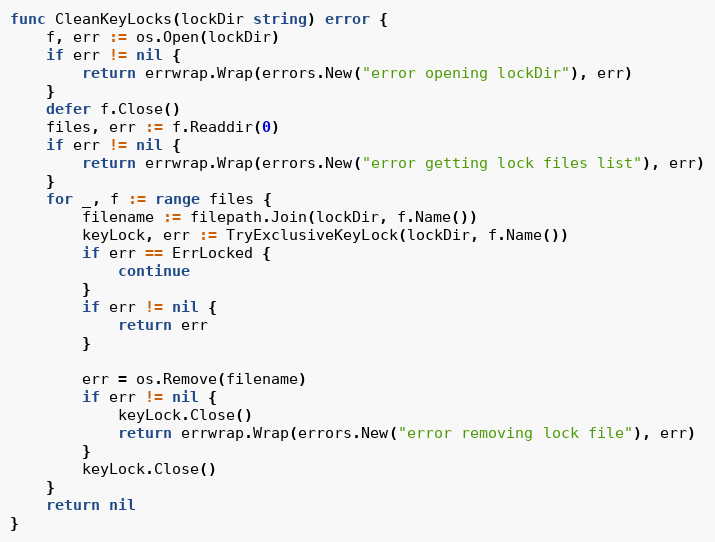
Language: Go
func CleanKeyLocks(lockDir string) error {
	f, err := os.Open(lockDir)
	if err != nil {
		return errwrap.Wrap(errors.New("error opening lockDir"), err)
	}
	defer f.Close()
	files, err := f.Readdir(0)
	if err != nil {
		return errwrap.Wrap(errors.New("error getting lock files list"), err)
	}
	for _, f := range files {
		filename := filepath.Join(lockDir, f.Name())
		keyLock, err := TryExclusiveKeyLock(lockDir, f.Name())
		if err == ErrLocked {
			continue
		}
		if err != nil {
			return err
		}

		err = os.Remove(filename)
		if err != nil {
			keyLock.Close()
			return errwrap.Wrap(errors.New("error removing lock file"), err)
		}
		keyLock.Close()
	}
	return nil
}